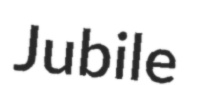
Jubile